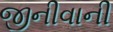
જીનીવાની